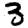
Digit: 3